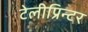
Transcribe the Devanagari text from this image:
टेलीप्रिन्टर